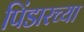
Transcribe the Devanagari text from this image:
पिंडारच्या